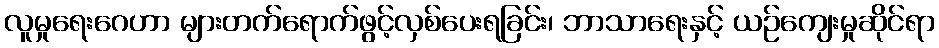
လူမှုရေးဂေဟာ များတက်ရောက်ဖွင့်လှစ်ပေးရခြင်း၊ ဘာသာရေးနှင့် ယဉ်ကျေးမှုဆိုင်ရာ